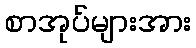
စာအုပ်များအား